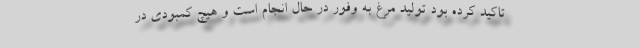
تاکید کرده بود تولید مرغ به وفور در حال انجام است و هیچ کمبودی در